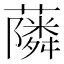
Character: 𮒧